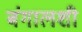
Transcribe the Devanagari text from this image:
बंगालशी